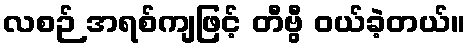
လစဉ် အရစ်ကျဖြင့် တီဗွီ ဝယ်ခဲ့တယ်။